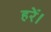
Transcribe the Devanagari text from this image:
हरें।